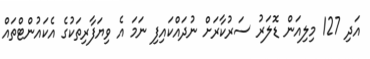
އަދި 127 މިލިއަން ޑޮލަރު ސަރުކާރަށް ނުދައްކައިފި ނަމަ އެ ވިޔަފާރިތަކުގެ އެކައުންޓްތައް